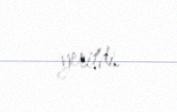
yeritdi.